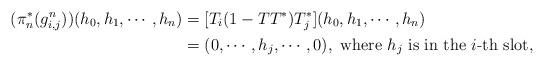
LaTeX: \begin{align*}(\pi_{n}^{*}(g_{i,j}^{n}))(h_{0},h_{1},\cdots,h_{n}) & = [T_{i}(1-TT^{*})T_{j}^{*}](h_{0},h_{1},\cdots,h_{n})\\& = (0,\cdots,h_{j},\cdots,0), \mbox{ where $h_{j}$ is in the $i$-th slot,}\end{align*}